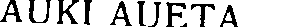
AUKI AUETA